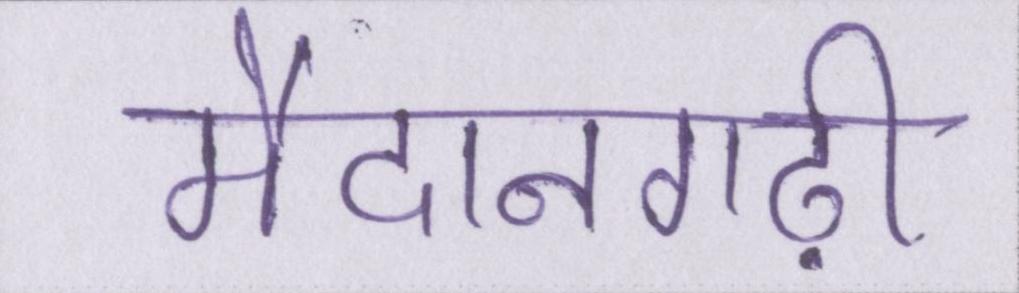
मैदानगढ़ी